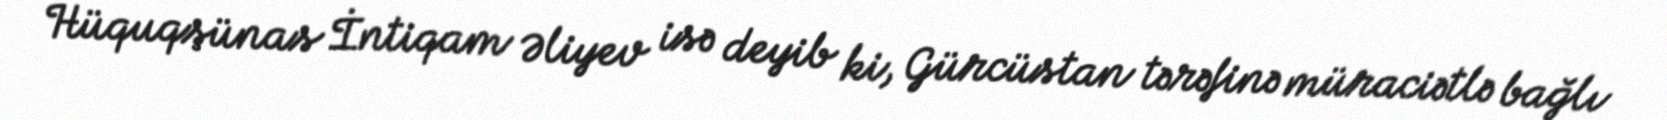
Hüquqşünas İntiqam Əliyev isə deyib ki, Gürcüstan tərəfinə müraciətlə bağlı